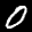
Label: 0